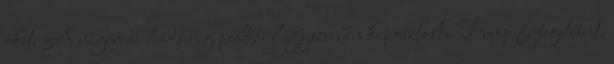
őket. A nigériai hadsereg például egyszerűen kiposztolta Trump fejtegetéseit,